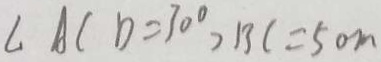
\angle A C D = 3 0 ^ { \circ } , B C = 5 0 m